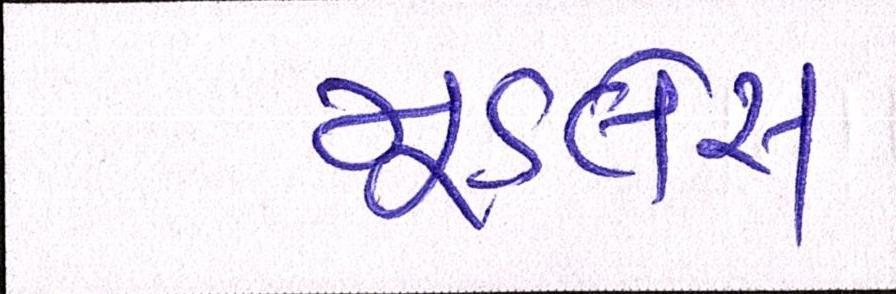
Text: મૂડલેસ